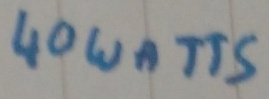
Text: 40 WATTS